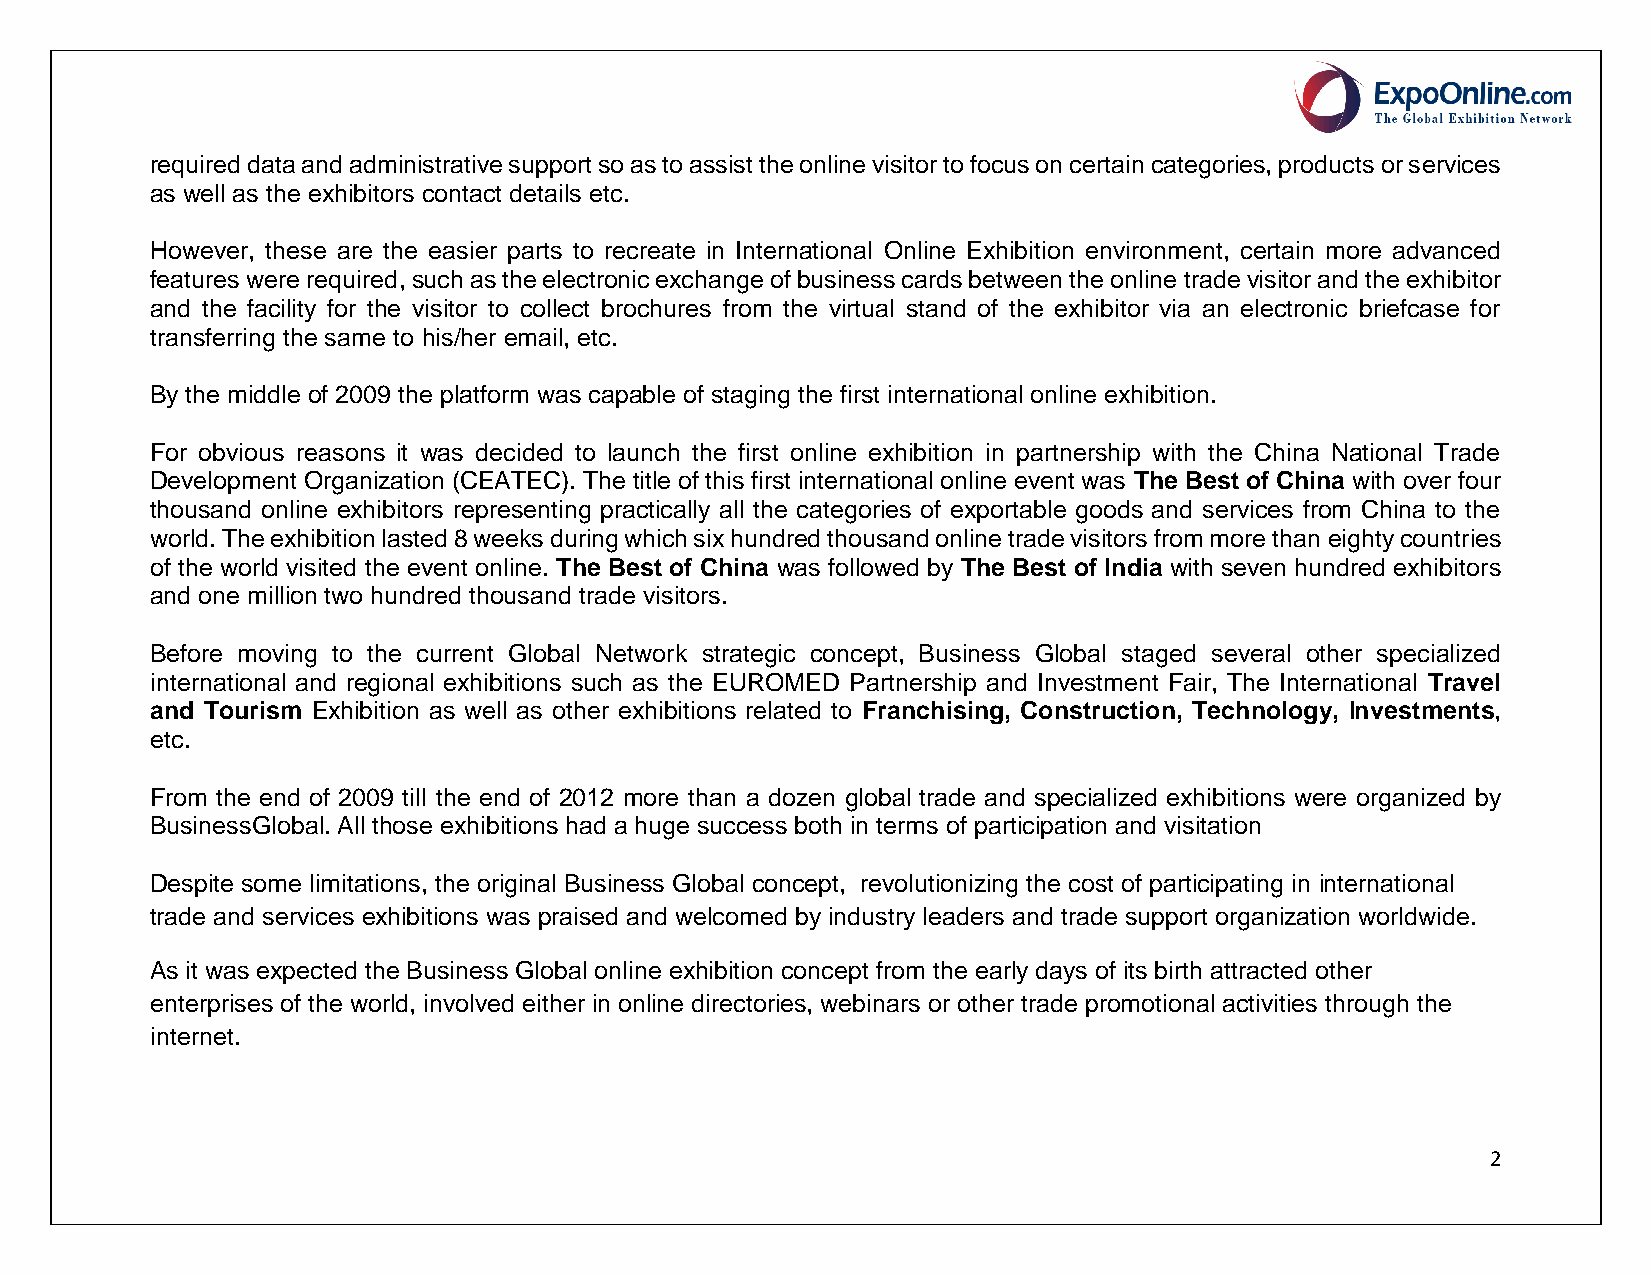
required data and administrative support so as to assist the online visitor to focus on certain categories, products or services
 as well as the exhibitors contact details etc.
 However, these are the easier parts to recreate in International Online Exhibition environment, certain more advanced
 features were required, such as the electronic exchange of business cards between the online trade visitor and the exhibitor
 and the facility for the visitor to collect brochures from the virtual stand of the exhibitor via an electronic briefcase for
 transferring the same to his/her email, etc.
 By the middle of 2009 the platform was capable of staging the first international online exhibition.
 For obvious reasons it was decided to launch the first online exhibition in partnership with the China National Trade
 Development Organization (CEATEC). The title of this first international online event was The Best of China with over four
 thousand online exhibitors representing practically all the categories of exportable goods and services from China to the
 world. The exhibition lasted 8 weeks during which six hundred thousand online trade visitors from more than eighty countries
 of the world visited the event online. The Best of China was followed by The Best of India with seven hundred exhibitors
 and one million two hundred thousand trade visitors.
 Before moving to the current Global Network strategic concept, Business Global staged several other specialized
 international and regional exhibitions such as the EUROMED Partnership and Investment Fair, The International Travel
 and Tourism Exhibition as well as other exhibitions related to Franchising, Construction, Technology, Investments,
 etc.
 From the end of 2009 till the end of 2012 more than a dozen global trade and specialized exhibitions were organized by
 BusinessGlobal. All those exhibitions had a huge success both in terms of participation and visitation
 Despite some limitations, the original Business Global concept, revolutionizing the cost of participating in international
 trade and services exhibitions was praised and welcomed by industry leaders and trade support organization worldwide.
 As it was expected the Business Global online exhibition concept from the early days of its birth attracted other
 enterprises of the world, involved either in online directories, webinars or other trade promotional activities through the
 internet.
 2